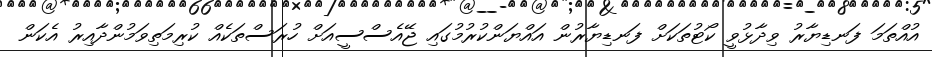
އުއްތަމަ ފަނޑިޔާރު ވިދާޅުވީ ކޯޓުތަކަށް ފަނޑިޔާރުން އައްޔަންކުރުމުގައި ޖޭއެސްސީއަށް ހުރަސްތަކެއް ކުރިމަތިވަމުންދާއިރު އެކަން